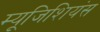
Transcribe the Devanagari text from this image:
म्यूजिशियंस